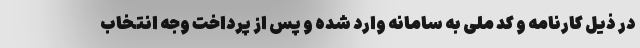
در ذیل کارنامه و کد ملی به سامانه وارد شده و پس از پرداخت وجه انتخاب